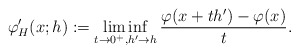
\begin{align*} \varphi_H^{\prime}(x;h):=\liminf_{t\rightarrow0^+, h'\rightarrow h}\frac{\varphi(x+th')-\varphi(x)}{t}.\end{align*}